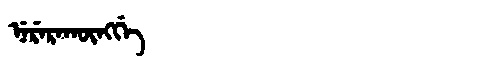
Manchu: ᠨᡝᡵᡝᡵᠠᡴᡡᠩᡤᡝ
Romanization: NERERAKŪNGGE